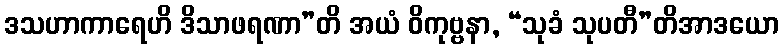
ဒသဟာကာရေဟိ ဒိသာဖရဏာ”တိ အယံ ဝိကုဗ္ဗနာ, “သုခံ သုပတီ”တိအာဒယော